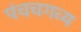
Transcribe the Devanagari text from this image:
पंचचगव्य